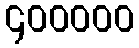
၄၀၀၀၀၀